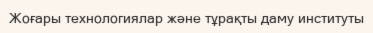
Жоғары технологиялар және тұрақты даму институты